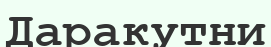
Даракутни